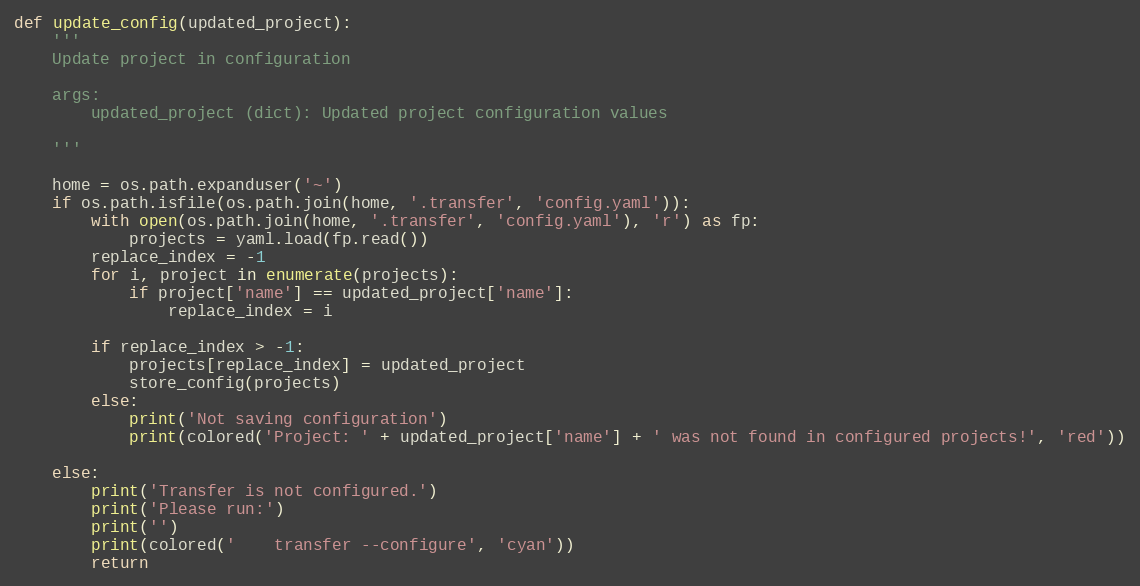
Language: Python
def update_config(updated_project):
    '''
    Update project in configuration

    args:
        updated_project (dict): Updated project configuration values

    '''

    home = os.path.expanduser('~')
    if os.path.isfile(os.path.join(home, '.transfer', 'config.yaml')):
        with open(os.path.join(home, '.transfer', 'config.yaml'), 'r') as fp:
            projects = yaml.load(fp.read())
        replace_index = -1
        for i, project in enumerate(projects):
            if project['name'] == updated_project['name']:
                replace_index = i

        if replace_index > -1:
            projects[replace_index] = updated_project
            store_config(projects)
        else:
            print('Not saving configuration')
            print(colored('Project: ' + updated_project['name'] + ' was not found in configured projects!', 'red'))

    else:
        print('Transfer is not configured.')
        print('Please run:')
        print('')
        print(colored('    transfer --configure', 'cyan'))
        return